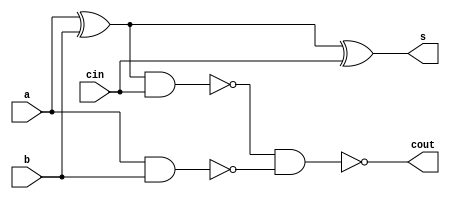
//	Structural Model Using Primitive Gates
module full_adder
(
	input a, b, cin,
	output s, cout
); //	defines a module's name and its interface signals

wire out1, out2, out3; //	defines local signal names

xor		x1(out1, a, b);
xor		x2(s, out1, cin);
nand	n1(out2, out1, cin);
nand	n2(out3, a, b);
nand	n3(cout, out2, out3);

endmodule